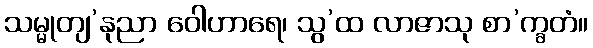
သမ္မုတျ’နုညာ ဝေါဟာရေ၊ သွ’ထ လာဇာသု စာ’က္ခတံ။